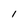
Character: I